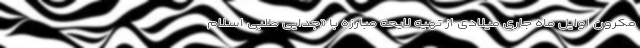
مکرون اوایل ماه جاری میلادی از تهیه لایحه مبارزه با «جدایی طلبی اسلام